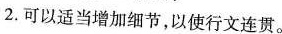
2.可以适当增加细节，以使行文连贯。